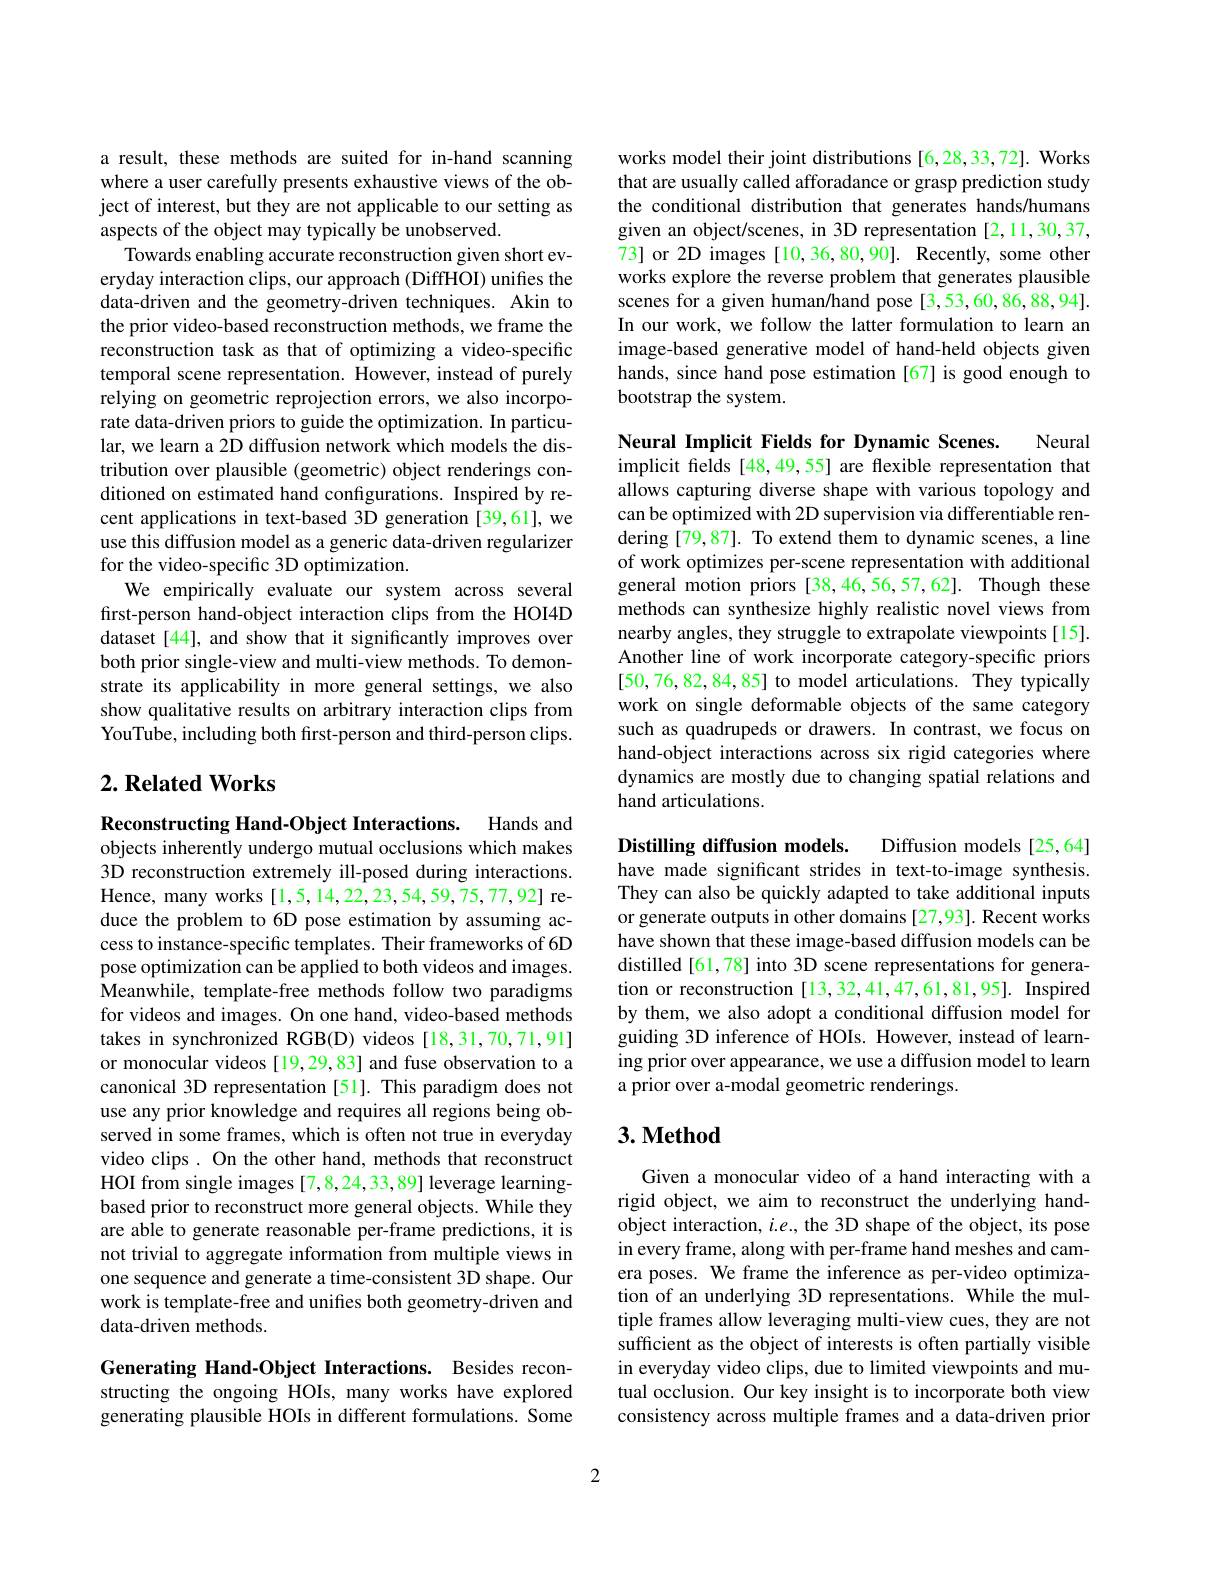
a result, these methods are suited for in-hand scanning where a user carefully presents exhaustive views of the object of interest, but they are not applicable to our setting as aspects of the object may typically be unobserved.
Towards enabling accurate reconstruction given short everyday interaction clips, our approach (DiffHOI) unifies the data-driven and the geometry-driven techniques. Akin to the prior video-based reconstruction methods, we frame the reconstruction task as that of optimizing a video-specific temporal scene representation. $\hat{\text{However, instead of purely}}$ relying on geometric reprojection errors, we also incorporate data-driven priors to guide the optimization. In particular, we learn a 2D diffusion network which models the distribution over plausible (geometric) object renderings conditioned on estimated hand configurations. Inspired by recent applications in text-based 3D generation [39,61], we use this diffusion model as a generic data-driven regularizer for the video-specific 3D optimization.
We empirically evaluate our system across several first-person hand-object interaction clips from the HOI4D dataset [44], and show that it significantly improves over both prior single-view and multi-view methods. To demonstrate its applicability in more general settings, we also show qualitative results on arbitrary interaction clips from YouTube, including both first-person and third-person clips.

## $2. \textbf{Related Works}$

Reconstructing Hand-Object Interactions. Hands and objects inherently undergo mutual occlusions which makes 3D reconstruction extremely ill-posed during interactions. Hence, many works [1,5,14,22,23,54,59,75,77,92] reduce the problem to 6D pose estimation by assuming access to instance-specific templates. Their frameworks of 6D pose optimization can be applied to both videos and images. Meanwhile, template-free methods follow two paradigms for videos and images. On one hand, video-based methods takes in synchronized RGB(D) videos [18,31,70,71,91] or monocular videos [19,29,83] and fuse observation to a canonical 3D representation [51]. This paradigm does not use any prior knowledge and requires all regions being observed in some frames, which is often not true in everyday video clips. On the other hand, methods that reconstruct HOI from single images [7,8,24,33,89] leverage learningbased prior to reconstruct more general objects. While they are able to generate reasonable per-frame predictions, it is not trivial to aggregate information from multiple views in one sequence and generate a time-consistent 3D shape. Our work is template-free and unifies both geometry-driven and data-driven methods.

Generating Hand-Object Interactions. Besides reconstructing the ongoing HOIs, many works have explored generating plausible HOIs in different formulations. Some

works model their joint distributions [6,28,33,72]. Works that are usually called afforadance or grasp prediction study the conditional distribution that generates hands/humans given an object/scenes, in 3D representation [2,11,30,37, 73] or 2D images [10,36,80,90]. Recently, some other works explore the reverse problem that generates plausible scenes for a given human/hand pose [3,53,60,86,88,94]. In our work, we follow the latter formulation to learn an image-based generative model of hand-held objects given hands, since hand pose estimation [67] is good enough to bootstrap the system.

Neural

Neural Implicit Fields for Dynamic Scenes.
implicit felds [48,49,55] are flexible representation that allows capturing diverse shape with various topology and can be optimized with 2D supervision via differentiable rendering [79,87]. To extend them to dynamic scenes, a line of work optimizes per-scene representation with additional general motion priors[38,46,56,57,62]. Though these methods can synthesize highly realistic novel views from nearby angles, they struggle to extrapolate viewpoints[15]. Another line of work incorporate category-specific priors [50,76,82,84,85] to model articulations. They typically work on single deformable objects of the same category such as quadrupeds or drawers. In contrast, we focus on hand-object interactions across six rigid categories where dynamics are mostly due to changing spatial relations and hand articulations.

Diffusion models [25,64]
Distilling diffusion models.
have made significant strides in text-to-image synthesis. They can also be quickly adapted to take additional inputs or generate outputs in other domains [27,93]. Recent works have shown that these image-based diffusion models can be distilled[61,78] into 3D scene representations for generation or reconstruction [13,32,41,47,61,81,95]. Inspired by them, we also adopt a conditional diffusion model for guiding 3D inference of HOIs. However, instead of learning prior over appearance, we use a diffusion model to learn a prior over a-modal geometric renderings.

### $3. \textbf{Method}$

Given a monocular video of a hand interacting with a rigid object, we aim to reconstruct the underlying handobject interaction, $i.e.$, the 3D shape of the object, its pose in every frame, along with per-frame hand meshes and camera poses. We frame the inference as per-video optimization of an underlying 3D representations. While the multiple frames allow leveraging multi-view cues, they are not sufficient as the object of interests is often partially visible in everyday video clips, due to limited viewpoints and mutual occlusion. Our key insight is to incorporate both view consistency across multiple frames and a data-driven prior

2